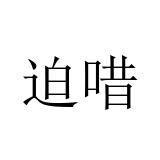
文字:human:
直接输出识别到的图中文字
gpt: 迫唶